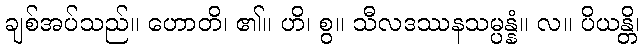
ချစ်အပ်သည်။ ဟောတိ၊ ၏။ ဟိ၊ စွ။ သီလဒဿနသမ္ပန္နံ။ လ။ ပိယန္တိ၊